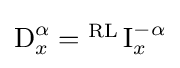
{\textstyle \operatorname {D} _{x}^{\alpha }={^{\text{RL}}\operatorname {I} _{x}^{-\alpha }}}